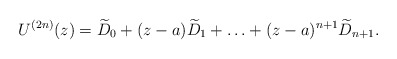
\begin{align*}U^{(2n)}(z)=\widetilde D_0+ (z-a)\widetilde D_1+\ldots+(z-a)^{n+1}\widetilde D_{n+1}.\end{align*}